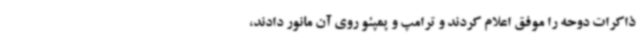
ذاکرات دوحه را موفق اعلام کردند و ترامپ و پمپئو روی آن مانور دادند،